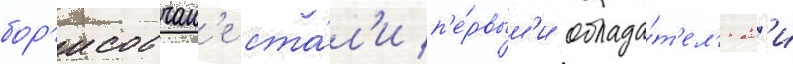
бор'исовчан'е ста́л'и п'е́рвым'и облада́т'ел'ям'и